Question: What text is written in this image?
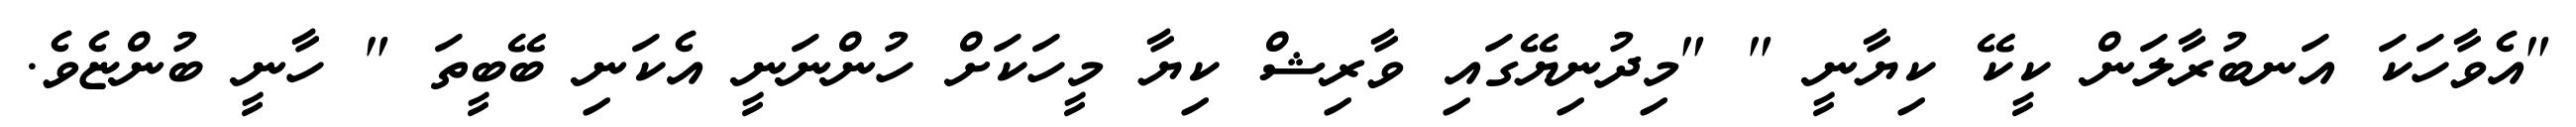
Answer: "އެވާހަކަ އަނބުރާލަން ކީކޭ ކިޔާނީ " "މިދުނިޔޭގައި ވާރިޝް ކިޔާ މީހަކަށް ހުންނަނީ އެކަނި ބޭބީތަ " ހާނީ ބުންޏެވެ.